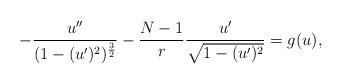
LaTeX: \begin{align*}-\frac{u'' }{(1-(u')^2)^\frac32}-\frac{N-1}r\frac{u' }{\sqrt{1-(u')^2}}=g(u),\end{align*}